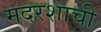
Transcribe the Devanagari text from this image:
मदरशाची